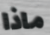
ماذا